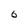
Character: 6